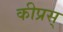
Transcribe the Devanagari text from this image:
कीप्रस्